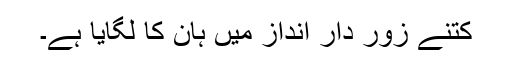
کتنے زور دار انداز میں ہان کا لگایا ہے۔